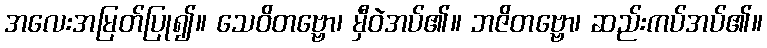
အလေးအမြတ်ပြု၍။ သေဝိတဗ္ဗော၊ မှီဝဲအပ်၏။ ဘဇိတဗ္ဗော၊ ဆည်းကပ်အပ်၏။